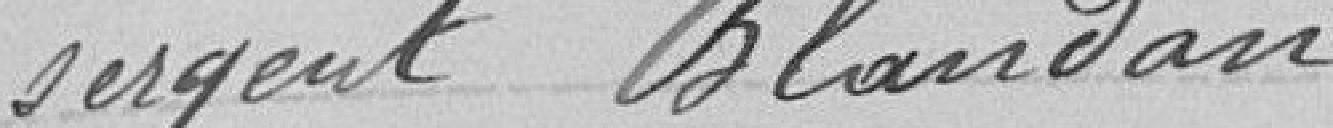
sergent Blandan